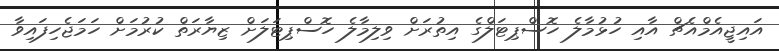
އައިޖީއެމްއެޗް އާއި ހުޅުމާލެ ހޮސްޕިޓަލްގެ އިތުރަށް ވިލިމާލެ ހޮސްޕިޓަލަށް ޒިޔާރަތް ކުރުމަށް ހަމަޖެހިފައިވާ